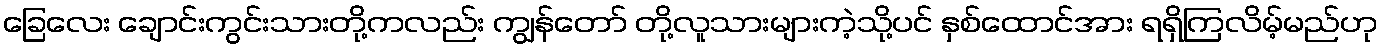
ခြေလေး ချောင်းကွင်းသားတို့ကလည်း ကျွန်တော် တို့လူသားများကဲ့သို့ပင် နှစ်ထောင်အား ရရှိကြလိမ့်မည်ဟု